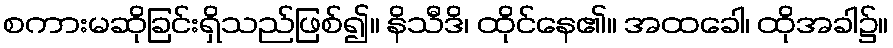
စကားမဆိုခြင်းရှိသည်ဖြစ်၍။ နိသီဒိ၊ ထိုင်နေ၏။ အထခေါ၊ ထိုအခါ၌။